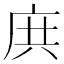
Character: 𢈎